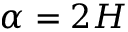
\alpha = 2 H